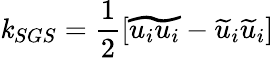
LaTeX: \mathit{k}_{SGS}=\frac{{1}}{{2}}[\widetilde{{u_{i}u_{i}}}-\widetilde{{u}}_{i}\widetilde{{u}}_{i}]